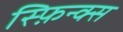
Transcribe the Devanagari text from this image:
स्फ़िन्क्स